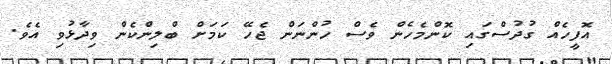
އޮފީހެއް ގުދުސްގައި ކޮންމެހެން ވެސް ހުންނަން ޖެހޭ ކަމަށް ބްލިންކެން ވިދާޅުވި އެވެ.